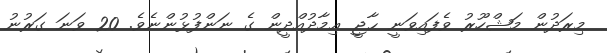
މިރަދުން މަޝްހޫރު ވެފައިވަނީ ޙާޖީ ޢިމާދުއްދީން ގެ ނަންފުޅުންނެވެ. 20 ވަނަ ގަރުނު